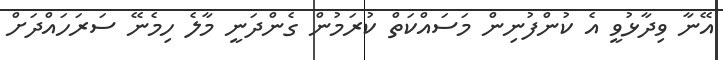
އޭނާ ވިދާޅުވީ އެ ކުންފުނިން މަސައްކަތް ކުރަމުން ގެންދަނީ މާލެ ހިމެނޭ ސަރަހައްދަށް